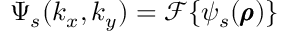
\Psi _ { s } ( k _ { x } , k _ { y } ) = \mathscr { F } \{ \psi _ { s } ( \pmb { \rho } ) \}